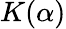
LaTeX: K(\alpha)